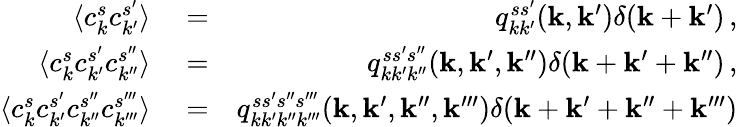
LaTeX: \begin{array}{rlr}{\langle c_{k}^{s}c_{k^{\prime}}^{s^{\prime}}\rangle}&{{}=}&{q_{kk^{\prime}}^{ss^{\prime}}({\mathbf k},{\mathbf k}^{\prime})\delta({\mathbf k}+{\mathbf k}^{\prime})\, ,}\\ {\langle c_{k}^{s}c_{k^{\prime}}^{s^{\prime}}c_{k^{\prime\prime}}^{s^{\prime\prime}}\rangle}&{{}=}&{q_{kk^{\prime}k^{\prime\prime}}^{ss^{\prime}s^{\prime\prime}}({\mathbf k},{\mathbf k}^{\prime},{\mathbf k}^{\prime\prime})\delta({\mathbf k}+{\mathbf k}^{\prime}+{\mathbf k}^{\prime\prime})\, ,}\\ {\langle c_{k}^{s}c_{k^{\prime}}^{s^{\prime}}c_{k^{\prime\prime}}^{s^{\prime\prime}}c_{k^{\prime\prime\prime}}^{s^{\prime\prime\prime}}\rangle}&{{}=}&{q_{kk^{\prime}k^{\prime\prime}k^{\prime\prime\prime}}^{ss^{\prime}s^{\prime\prime}s^{\prime\prime\prime}}({\mathbf k},{\mathbf k}^{\prime},{\mathbf k}^{\prime\prime},{\mathbf k}^{\prime\prime\prime})\delta({\mathbf k}+{\mathbf k}^{\prime}+{\mathbf k}^{\prime\prime}+{\mathbf k}^{\prime\prime\prime})}\end{array}